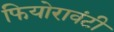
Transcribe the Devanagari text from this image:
फियोरावंटी